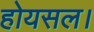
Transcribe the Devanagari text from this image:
होयसल।